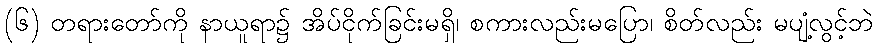
(၆) တရားတော်ကို နာယူရာ၌ အိပ်ငိုက်ခြင်းမရှိ၊ စကားလည်းမပြော၊ စိတ်လည်း မပျံ့လွင့်ဘဲ